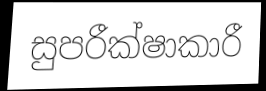
සුපරීක්ෂාකාරී